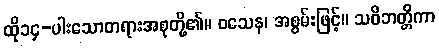
ထို၁၄-ပါးသောတရားအစုတို့၏။ ဝသေန၊ အစွမ်းဖြင့်။ သဝိဘတ္တိကာ